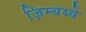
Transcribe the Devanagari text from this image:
ज़िम्बब्वे